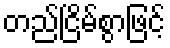
တည်ငြိမ်စွာဖြင့်